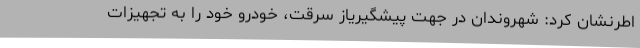
اطرنشان کرد: شهروندان در جهت پیشگیریاز سرقت، خودرو خود را به تجهیزات